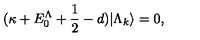
( \kappa + E _ { 0 } ^ { \Lambda } + \frac { 1 } { 2 } - d ) | \Lambda _ { k } \rangle = 0 ,